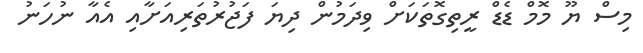
މިސް ޔޫ މޮމް ޑެޑް ރީތިގޮތަކަށް ވިދަމުން ދިޔަ ފަޖުރުތަރިއަށާއި އެއާ ނުހަނު